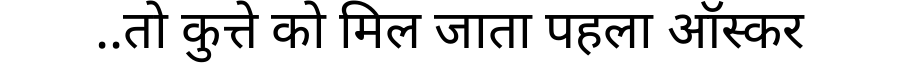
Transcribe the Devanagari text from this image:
..तो कुत्ते को मिल जाता पहला ऑस्कर